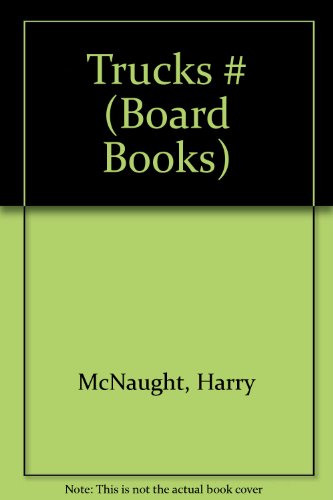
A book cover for TRUCKS (BOARD) (Board Books); Harry McNaught; Children's Books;